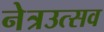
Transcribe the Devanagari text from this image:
नेत्रउत्सव